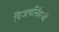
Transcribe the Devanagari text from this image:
बिजयसिंहजी